Report of the Indian Hemp Drugs Commission, 1894-1895 - Volume V
Year: 1894
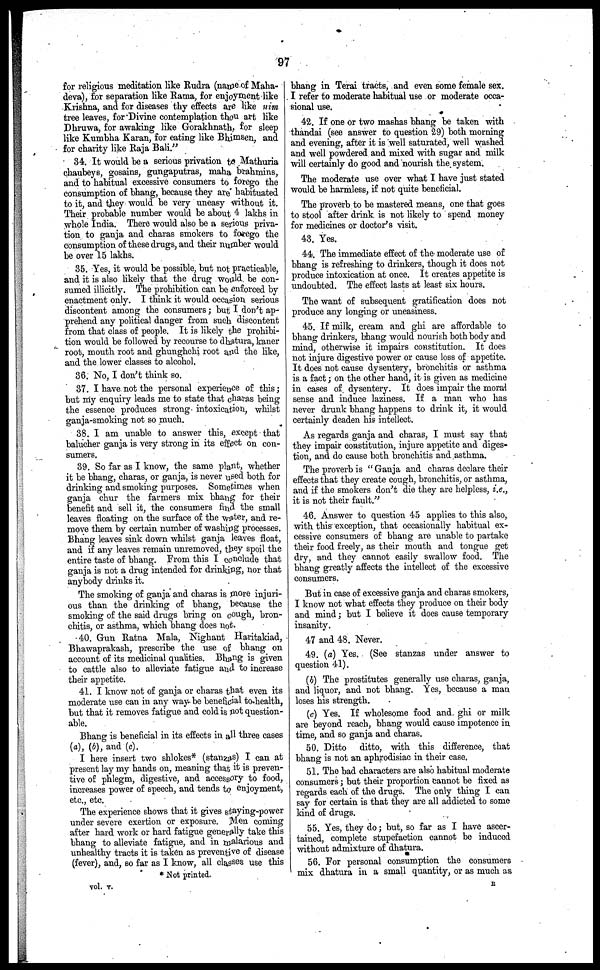
97
for religious meditation like Rudra (name of Maha-
deva), for separation like Rama, for enjoyment like
Krishna, and for diseases thy effects are like nim
tree leaves, for Divine contemplation thou art like
Dhruwa, for awaking like Gorakhnath, for sleep
like Kumbha Karan, for eating like Bhimsen, and
for charity like Raja Bali."
34. It would be a serious privation to Mathuria
chaubeys, gosains, gungaputras, maha brahmins,
and to habitual excessive consumers to forego the
consumption of bhang, because they are habituated
to it, and they would be very uneasy without it.
Their probable number would be about 4 lakhs in
whole India. There would also be a serious priva-
tion to ganja and charas smokers to farego the
consumption of these drugs, and their number would
be over 15 lakhs.
35. Yes, it would be possible, but not practicable,
and it is also likely that the drug would be con-
sumed illicitly. The prohibition can be enforced by
enactment only. I think it would occasion serious
discontent among the consumers; but I don't ap-
prehend any political danger from such discontent
from that class of people. It is likely the prohibi-
tion would be followed by recourse to dhatura, kaner
root, mouth root and ghunghchi root and the like,
and the lower classes to alcohol.
36. No, I don't think so.
37. I have not the personal experience of this;
but my enquiry leads me to state that charas being
the essence produces strong intoxication, whilst
ganja-smoking not so much.
38. I am unable to answer this, except that
balucher ganja is very strong in its effect on con-
sumers.
39. So far as I know, the same plant, whether
it be bhang, charas, or ganja, is never used both for
drinking and smoking purposes. Sometimes when
ganja chur the farmers mix bhang for their
benefit and sell it, the consumers find the small
leaves floating on the surface of the water, and re-
move them by certain number of washing processes.
Bhang leaves sink down whilst ganja leaves float,
and if any leaves remain unremoved, they spoil the
entire taste of bhang. From this I conclude that
ganja is not a drug intended for drinking, nor that
anybody drinks it.
The smoking of ganja and charas is more injuri-
ous than the drinking of bhang, because the
smoking of the said drugs bring on cough, bron-
chitis, or asthma, which bhang does not.
40. Gun Ratna Mala, Nighaut Haritakiad,
Bhawaprakash, prescribe the use of bhang on
account of its medicinal qualities. Blang is given
to cattle also to alleviate fatigue and to increase
their appetite.
41. I know not of ganja or charas that even its
moderate use can in any way be beneficial to health,
but that it removes fatigue and cold is not question-
able.
Bhang is beneficial in its effects in all three cases
(a), (b), and (c).
I here insert two shlokes* (stanzas) I can at
present lay my hands on, meaning that it is preven-
tive of phlegm, digestive, and accessory to food,
increases power of speech, and tends to enjoyment,
etc., etc.
The experience shows that it gives staying-power
under severe exertion or exposure. Men coming
after hard work or hard fatigue generally take this
bhang to alleviate fatigue, and in malarious and
unhealthy tracts it is taken as preventive of disease
(fever), and, so far as I know, all classes use this
* Not printed.
bhang in Terai tracts, and even some female sex.
I refer to moderate habitual use or moderate occa-
sional use.
42. If one or two mashas bhang be taken with
thandai (see answer to question 29) both morning
and evening, after it is well saturated, well washed
and well powdered and mixed with sugar and milk
will certainly do good and nourish the system.
The moderate use over what I have just stated
would be harmless, if not quite beneficial.
The proverb to be mastered means, one that goes
to stool after drink is not likely to spend money
for medicines or doctor's visit.
43. Yes.
44. The immediate effect of the moderate use of
bhang is refreshing to drinkers, though it docs not
produce intoxication at once. It creates appetite is
undoubted. The effect lasts at least six hours.
The want of subsequent gratification does not
produce any longing or uneasiness.
45. If milk, cream and ghi are affordable to
bhang drinkers, bhang would nourish both body and
mind, otherwise it impairs constitution. It docs
not injure digestive power or cause loss of appetite.
It docs not cause dysentery, bronchitis or asthma
is a fact; on the other hand, it is given as medicine
in cases of dysentery. It docs impair the moral
sense and induce laziness. If a man who has
never drunk bhang happens to drink it, it would
I certainly deaden his intellect.
As regards ganja and charas, I must say that
they impair constitution, injure appetite and diges-
tion, and do cause both bronchitis and asthma.
The proverb is "Ganja and charas declare their
effects that they create cough, bronchitis, or asthma,
and if the smokers don't die they are helpless, i.e.,
it is not their fault."
46. Auswer to question 45 applies to this also,
with this exception, that occasionally habitual ex-
cessive consumers of bhang are unable to partake
their food freely, as their mouth and tongue get
dry, and they cannot easily swallow food. The
bhang greatly affects the intellect of the excessive
consumers.
But in case of excessive ganja and charas smokers,
I know not what effects they produce on their body
and mind; but I believe it does cause temporary
insanity.
47 and 48. Never.
49. (a) Yes. (See stanzas under answer to
question 41).
(b) The prostitutes generally use charas, ganja,
and liquor, and not bhang. Yes, because a man
loses his strength.
(c) Yes. If wholesome food and ghi or milk
are beyond reach, bhang would cause impotence in
time, and so ganja and charas.
50. Ditto ditto, with this difference, that
bhang is not an aphrodisiac in their case.
51. The bad characters are also habitual moderate
consumers; but their proportion cannot be fixed as
regards each of the drugs. The only thing I can
say for certain is that they are all addicted to some
kind of drugs.
55. Yes, they do; but, so far as I have ascer-
tained, complete stupefaction cannot be induced
without admixture of dhatura.
56. For personal consumption the consumers
mix dhatura in a small quantity, or as much as
vol. V.
R